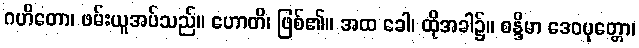
ဂဟိတော၊ ဖမ်းယူအပ်သည်။ ဟောတိ၊ ဖြစ်၏။ အထ ခေါ၊ ထိုအခါ၌။ စန္ဒိမာ ဒေဝပုတ္တော၊